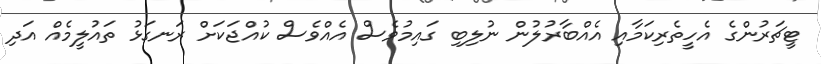
ޓީޗަރުންގެ އެހީތެރިކަމާއި އެއްބާރުލުން ނުލިބި ގައިމުވެސް އެއްވެސް ކުއްޖަކަށް ރަނގަޅު ތައުލީމެއް އަދި